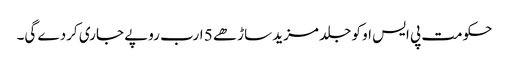
حکومت پی ایس او کو جلد مزید ساڑھے 5 ارب روپے جاری کردے گی۔